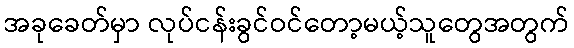
အခုခေတ်မှာ လုပ်ငန်းခွင်ဝင်တော့မယ့်သူတွေအတွက်